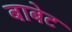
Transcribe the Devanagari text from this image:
बाबेट